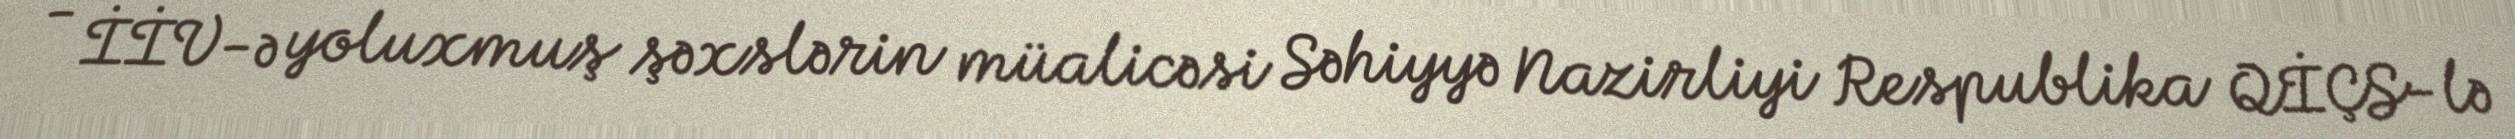
- İİV-ə yoluxmuş şəxslərin müalicəsi Səhiyyə Nazirliyi Respublika QİÇS-lə